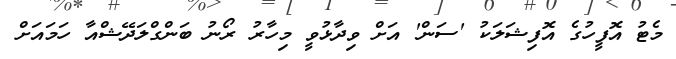
މެޓު އޮފީހުގެ އޮފިޝަލަކު 'ސަން' އަށް ވިދާޅުވީ މިހާރު ރޯނު ބަންގްލަދޭޝްއާ ހަމައަށް